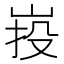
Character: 𡷠